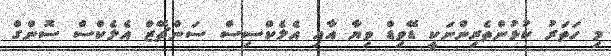
މި ހަތަރު ކުޅުންތެރިންނަކީ ޑޭވިޑް ވިޔާ އާއި އެލެކްސިސް ސަންޗޭޒް އެލެކްސް ސޮންގް